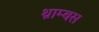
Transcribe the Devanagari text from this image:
थ्राम्बस